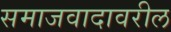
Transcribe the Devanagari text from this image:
समाजवादावरील